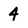
Character: 4